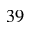
_ { 3 9 }